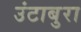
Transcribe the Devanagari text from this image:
उंटाबुरा